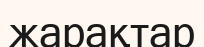
жарақтар